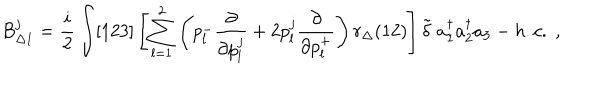
B _ { \Delta 1 } ^ { j } = \frac { i } { 2 } \int [ 1 2 3 ] \left[ \sum _ { l = 1 } ^ { 2 } \left( p _ { l } ^ { - } \frac { \partial } { \partial p _ { l } ^ { j } } + 2 p _ { l } ^ { j } \frac { \partial } { \partial p _ { l } ^ { + } } \right) r _ { \Delta } ( 1 2 ) \right] \tilde { \delta } \; a _ { 1 } ^ { \dagger } a _ { 2 } ^ { \dagger } a _ { 3 } - h . c . \; ,